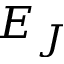
E _ { J }